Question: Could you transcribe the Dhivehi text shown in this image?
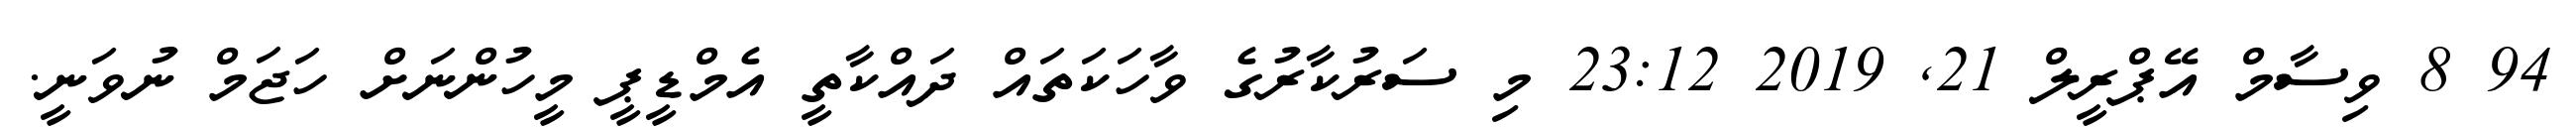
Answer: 94 8 ވިސާމް އޭޕްރީލް 21, 2019 23:12 މި ސަރުކާރުގެ ވާހަކަތައް ދައްކާތީ އެމްޑީޕީ މީހުންނަށް ހަޖަމް ނުވަނީ.